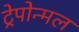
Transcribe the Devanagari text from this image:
ट्रेपोन्मल